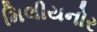
મિલીયનોર